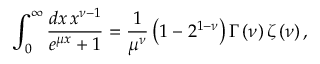
\int _ { 0 } ^ { \infty } \frac { d x \, x ^ { \nu - 1 } } { e ^ { \mu x } + 1 } = \frac { 1 } { \mu ^ { \nu } } \left( 1 - 2 ^ { 1 - \nu } \right) \Gamma \left( \nu \right) \zeta \left( \nu \right) ,